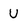
Character: U